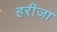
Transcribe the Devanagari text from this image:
हरीजा